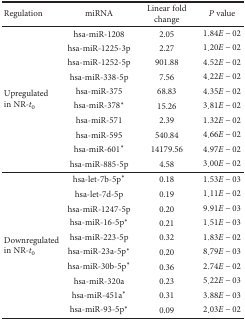
| Regulation | miRNA | Linear fold change | P value |
 | --- | --- | --- | --- |
 | <ROWSPAN=10> Upregulated in NR-t0 | hsa-miR-1208 | 2.05 | 1.84E − 02 |
 | hsa-miR-1225-3p | 2.27 | 1.20E − 02 |
 | hsa-miR-1252-5p | 901.88 | 4.52E − 02 |
 | hsa-miR-338-5p | 7.56 | 4.22E − 02 |
 | hsa-miR-375 | 68.83 | 4.35E − 02 |
 | hsa-miR-378∗ | 15.26 | 3.81E − 02 |
 | hsa-miR-571 | 2.39 | 1.32E − 02 |
 | hsa-miR-595 | 540.84 | 4.66E − 02 |
 | hsa-miR-601∗ | 14179.56 | 4.97E − 02 |
 | hsa-miR-885-5p | 4.58 | 3.00E − 02 |
 | <ROWSPAN=10> Downregulated in NR-t0 | hsa-let-7b-5p∗ | 0.18 | 1.53E − 03 |
 | hsa-let-7d-5p | 0.19 | 1.11E − 02 |
 | hsa-miR-1247-5p | 0.20 | 9.91E − 03 |
 | hsa-miR-16-5p∗ | 0.21 | 1.51E − 03 |
 | hsa-miR-223-5p | 0.32 | 1.83E − 02 |
 | hsa-miR-23a-5p∗ | 0.20 | 8.79E − 03 |
 | hsa-miR-30b-5p∗ | 0.36 | 2.74E − 02 |
 | hsa-miR-320a | 0.23 | 5.22E − 03 |
 | hsa-miR-451a∗ | 0.31 | 3.88E − 03 |
 | hsa-miR-93-5p∗ | 0.09 | 2.03E − 02 |